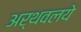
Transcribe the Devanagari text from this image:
अर्थवलये